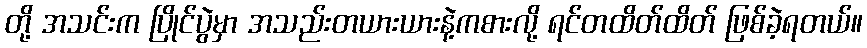
တို့ အသင်းက ပြိုင်ပွဲမှာ အသည်းတယားယားနဲ့ကစားလို့ ရင်တထိတ်ထိတ် ဖြစ်ခဲ့ရတယ်။